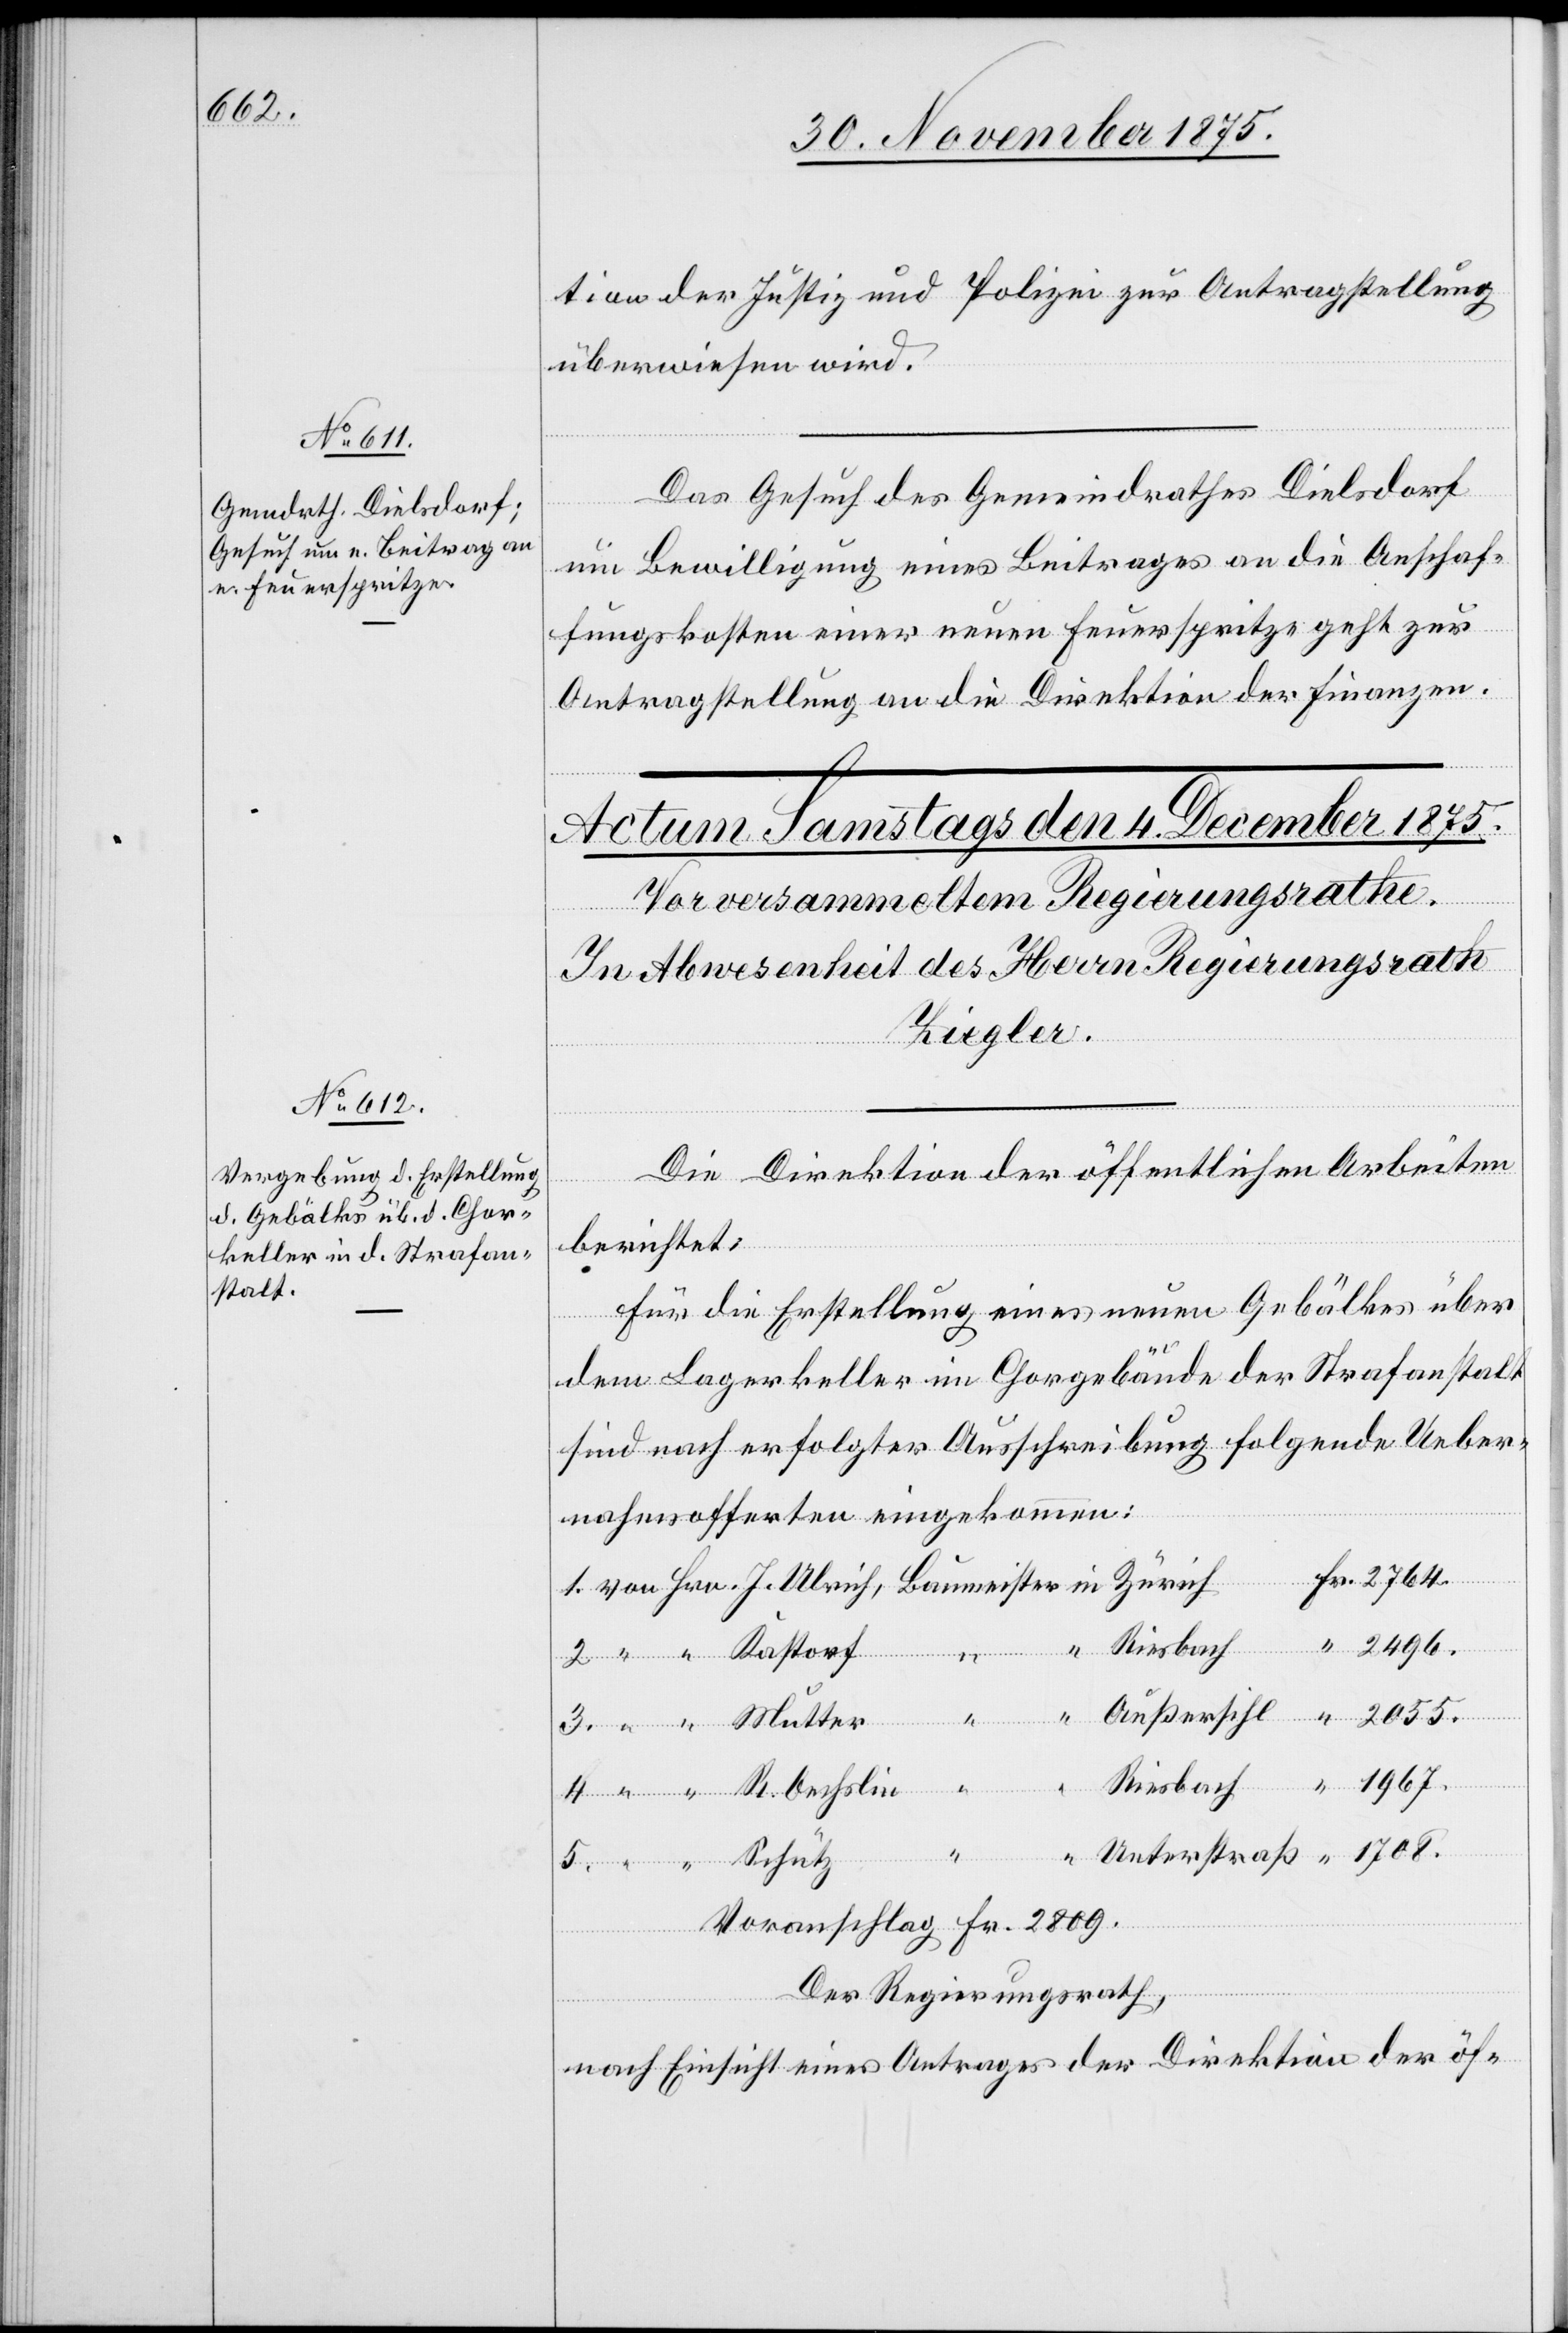
1708.

3. December 1875.]
tion der Justiz und Polizei zur Antragstellung
überwiesen wird.
Das Gesuch des Gemeindrathes Dielsdorf
Unters¬
um Bewilligung eines Beitrages an die Anschaf¬
fungskosten einer neuen Feuerspritze geht zur
Antragstellung an die Direktion der Finanzen.
2764.
Die Direktion der öffentlichen Arbeiten
berichtet:
Für die Erstellung eines neuen Gebälkes über
dem Lagerkeller im Chorgebäude der Strafanstalt
sind nach erfolgter Ausschreibung folgende Ueber¬
nahmsofferten eingekommen:
traß
“
R.
“
4.
Oechslin
von
Voranschlag Fr. 2809.
Der Regierungsrath,
nach Einsicht eines Antrages der Direktion der öf-